Bombay plague: being a history of the progress of plague in the Bombay presidency from September 1896 to June 1899
Year: 1896
Disease focus: Plague
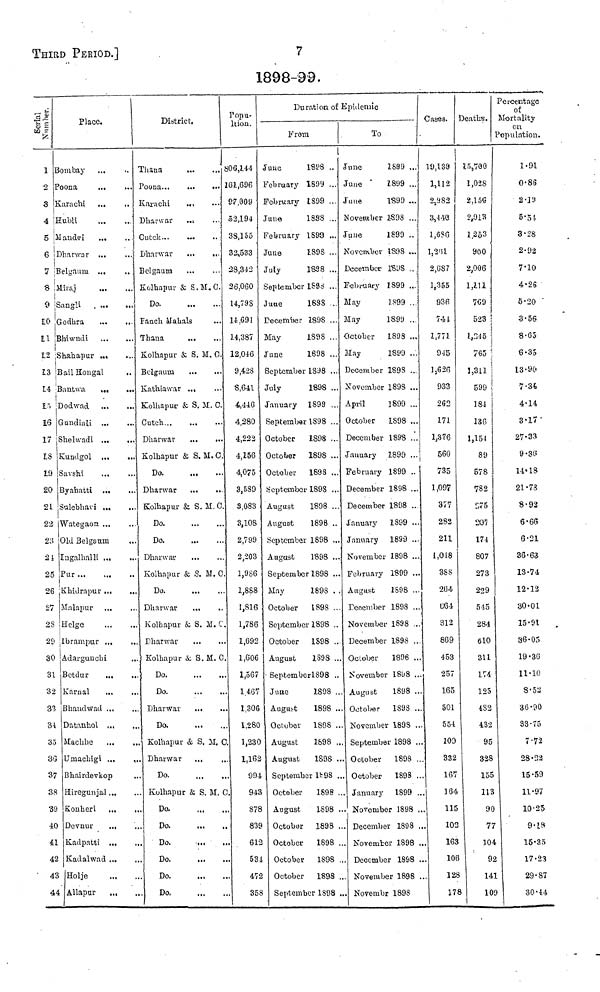
THIRD PERIOD.]
7
1898-99.
Serial Number. Place.
1 Bombay...
2 Poona ...
3 Karachi ...
4 Hubli ...
δ Maudvi
...
6 Dhanvar ...
7 'Belgaum ...
8 Miraj ...
9 Sangli ...
10 Godhra ... ...
11 Bhiwndi ... ...
12 ;Shahapur ...
13 Bail Hongal ...
14 Bantwa ...
15 Dodwad
16 Gundiali ...
17 Shelwadi ...
15 Kundgol ...
19 Savshi
20 Byahatti ...
21 Sulebhavi ...
22 Wategaoa ...
23 Old Belgaum
24 Ingalhalli ...
25 Pur
26 Khidrapur ...
27 Malapur ...
28 Helge
29 Ibrampur ...
30 Adargunchi
31 Betclur
32 Karnal
...
33 Bhaudwad ...
34 Datanhol ...
35 Machhe
30 Umachigi ...
37 Bhairdevkop
38 Hiregunjal ...
39 Konheri...
40 Devnur
...
41 Kadpatti ...
42 Kadalwad ...
43 Holje ...
44 Allapur
...
...
...
...
...
...
...
...
...
...
...
...
...
...
...
...
...
...
...
...
...
...
...
...
...
...
...
...
...
...
...
...
...
...
...
...
...
...
...
...
...
...
...
District.
Thana
...
...
...
Poona...
...
...
Karachi ... ... ...
Dharwar ... ... ...
Cutck
...
...
...
Dharwar
...
...
Belgaum
Kolhapur & S.M.C.
Do.
Fanch Mahals
...
Thana ... ...
Kolhapur & S. M. C.
Belgaum ... ...
Kathiawar ... ...
Kolhapur & S. M. C.
Cutch...
Dharwar
Kolhapur & S.M.O.
Do
Dharwar
Kolhapur & S. M. C.
Do.
Do.
Dharwar
...
Kolhapur & S. M. C.
Do.
Dharwar
...
...
Kolhapur & S. M. C.
Dharwar
Kolhapur & S. M. C.
Do.
Do.
Dharwar
...
Do.
Kolhapur & S. M. C
Dharwar
...
Do. ...
Kolhapur
& S. M. G
Do.. ...
Do.
...
Do. ...
Do.
...
Do. ...
Do. ...
Popu-
ltion.
06,144
61,606
97,009
52,194
3S,155
32,533
28,342
26,060
14,798
14,691
14,387
12,046
9,428
8,641
4,446
4,280
4,222
4,156
4,075
3,539
3,083
3,108
2,799
2,203
1,986
1,888
1,816
1,786
1,692
1,606
1,567
1,467
1,306
1,280
1,230
1,162
994
943
878
839
612
53J
472
358
Duration of Epidemic
From
Juue
1898
..
February 1899 ...
February 1899 ...
June
1898 ...
February 1899 ...
June
1898 ...
July
1838 ...
September 1898 ...
June
1898 ..
December 1898 ...
May
1898 ...
June
1898 ...
September 1898 ...
July
1898 ...
January 1899 ...
September 1898 ...
October
1898 ...
October
1898 ...
October
1898 ...
September 1898 ...
August
1898 ...
August
1898 ...
September 1898 ...
August
1898 ...
September 1898 ...
May
1898 ...
October
1898 ...
September 1898...
October
1898 ...
August
1898 ...
September 1898 ...
June
1898 ...
Augiibt
1898 ...
October
1898 ...
August
1898 ...
August
1898 ...
September 1898 ...
October
1898 ...
August
1898 ...
October
1898 ...
October
1898 ...
October
1898 ...
October
1898 ...
September
1898 ...
To
June
1899
...
June
1899 ...
June
1899 ...
November 1898 ...
June
1899 ..
November 1898 ...
December 1898 ...
February 1899 ...
May
1899 ...
May
1899
October
1898 ...
May
1899 ...
December 1898 ...
November 1898 ...
April
1899 ...
October
1898 ...
December 1898 ...
January
1899 ...
February 1899 ...
December 1898 ...
December 1898 ...
January
1899 ...
January
1899 ...
November 1898 ...
February 1899 ...
August
1598 ...
December 1893 ...
November 1898 ...
December 1898 ...
October 1898 ...
November 1898 ...
August
1898 ...
October
1898 ...
November
1898 ...
September 1898 ...
October
1898 ...
October
1898 ...
January
1899 ...
November 1898
...
December 1898 ...
November 1898 ...
December 1898 ...
November 1898 ...
Novembr 1898 ...
Cases.
19,138
1,112
2,982
3,440
1,6S6
1,261
2,687
1,355
936
74 1
1,771
945
1,626
933
262
171
1,376
560
735
1,097
377
282
211
1,048
3SS
2ü4
C64
312
869
453
257
165
501
554
109
332
167
164.
115
102
163
l06
128
176
I
Death's.
15,700
1,028
2.156
2,013
1,253
960
2,006
1,111
769
523
1,345
765
1,311
599
184
136
1,154
89
578
782
975
20?
174
807
273
229
545
284
610
311
174
125
4S2
432
95
328
155
113
90
77
104
92
141
10
Percentage
of
Mortality
on
Population.
1.91
0.86
2 ·19
5.51
3.28
2.92
7.10
4.26
5.20
3.56
8.65
6.35
13.90
7.34
4.14
3.17
27.33
9·36
14.18
21.73
8.92
6.66
6.21
36.63
13.74
12.12
30.01
15.91
36.05
19.30
11.10
8.52
36.90
33.75
7.72
28.22
15-59
11.97
10.25
9·18
15.35
17.23
29.87
30.44